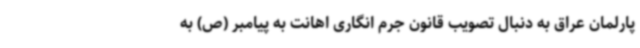
پارلمان عراق به دنبال تصویب قانون جرم انگاری اهانت به پیامبر (ص) به